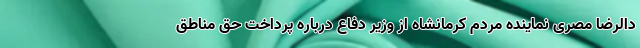
دالرضا مصری نماینده مردم کرمانشاه از وزیر دفاع درباره پرداخت حق مناطق